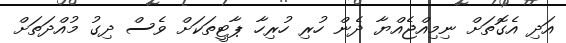
އަދި އެގޮތަށް ނިމިއްޖެއްޔާ ދެން ހުރި ހުރިހާ ޕާޓީތަކަށް ވެސް ދިގު މުއްދަތަށް